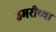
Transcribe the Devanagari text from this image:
उमरीच्या